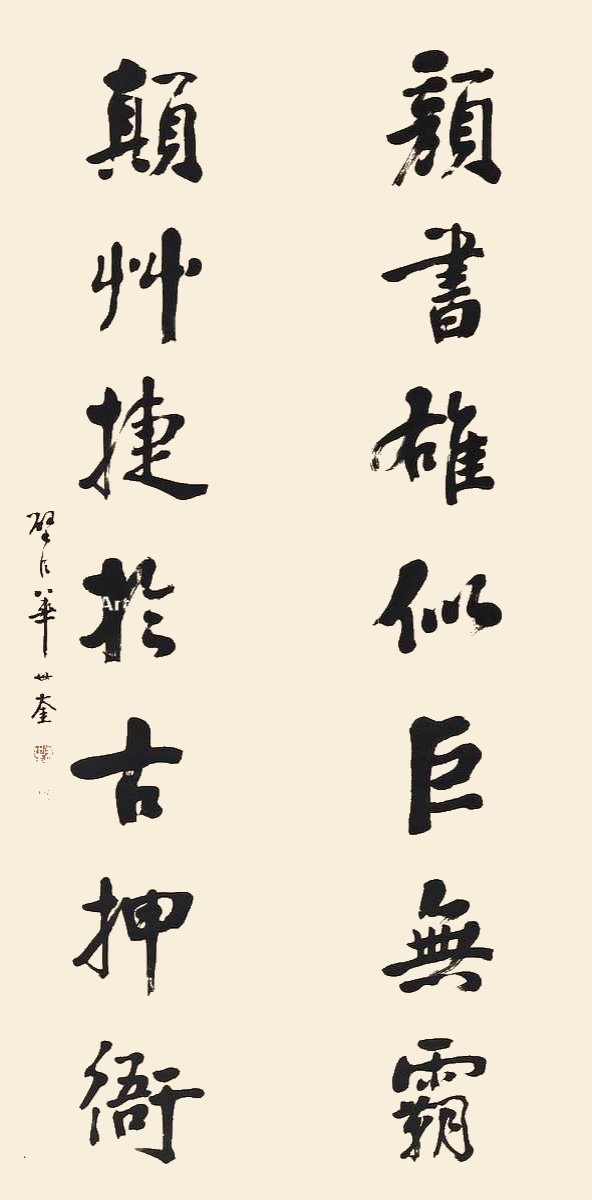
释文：颜书雄似巨无霸，颠草捷于古押衙。壁臣华世奎。